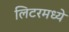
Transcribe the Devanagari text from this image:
लिटरमध्ये